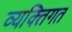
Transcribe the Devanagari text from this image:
व्यक्‍तिगत